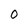
Character: O